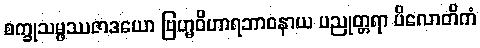
စက္ခုသမ္ဖဿဇာဒယော ဗြဟ္မဝိဟာရဘာဝနာယ ပညုတ္တရာ ပိလောတိကံ